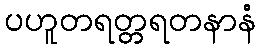
ပဟူတရတ္တရတနာနံ